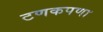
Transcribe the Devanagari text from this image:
टणकपणा